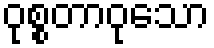
ဝုစ္စတာဝုသော